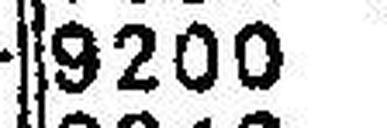
9200